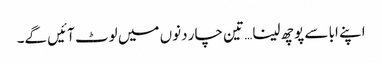
اپنے ابا سے پوچھ لینا… تین چار دنوں میں لوٹ آئیں گے۔